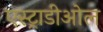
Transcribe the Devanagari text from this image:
एस्ट्राडीओल